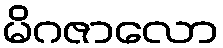
မိဂဇာလော